Scottish Certificate of Education, 1962
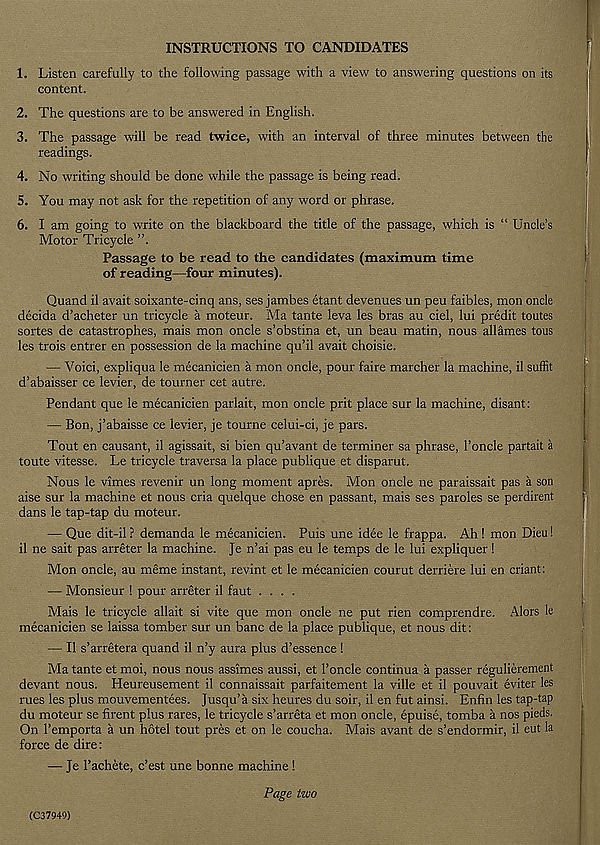
INSTRUCTIONS TO CANDIDATES
1. Listen carefully to the following passage with a view to answering questions on its
content.
2. The questions are to be answered in English.
3. The passage will be read twice, with an interval of three minutes between the
readings.
4. No writing should be done while the passage is being read.
5. You may not ask for the repetition of any word or phrase.
6. I am going to write on the blackboard the title of the passage, which is “ Uncle’s
Motor Tricycle
Passage to be read to the candidates (maximum time
of reading—four minutes).
Quand il avait soixante-cinq ans, ses jambes etant devenues un peu faibles, mon oncle
decida d’acheter un tricycle a moteur. Ma tante leva les bras au ciel, lui predit toutes
sortes de catastrophes, mais mon oncle s’obstina et, un beau matin, nous allames tons
les trois entrer en possession de la machine qu’il avait choisie.
— Voici, expliqua le mecanicien a mon oncle, pour faire marcher la machine, il suffit
d’abaisser ce levier, de tourner cet autre.
Pendant que le mecanicien parlait, mon oncle prit place sur la machine, disant:
— Bon, j’abaisse ce levier, je tourne celui-ci, je pars.
Tout en causant, il agissait, si bien qu’avant de terminer sa phrase, I’oncle partait a
toute vitesse. Le tricycle traversa la place publique et disparut.
Nous le vimes revenir un long moment apres. Mon oncle ne paraissait pas a son
aise sur la machine et nous cria quel que chose en passant, mais ses paroles se perdirent
dans le tap-tap du moteur.
— Que dit-il r demanda le mecanicien. Puis une idee le frappa. Ah ! mon Dieu!
il ne salt pas arreter la machine. Je n’ai pas eu le temps de le lui expliquer!
Mon oncle, au meme instant, revint et le mecanicien courut derriere lui en criant:
— Monsieur ! pour arreter il faut ....
Mais le tricycle allait si vite que mon oncle ne put rien comprendre. Alors le
mecanicien se laissa tomber sur un banc de la place publique, et nous dit:
— Il s’arretera quand il n’y aura plus d’essence !
Ma tante et moi, nous nous assimes aussi, et I’oncle continua a passer regulierement
devant nous. Heureusement il connaissait parfaitement la ville et il pouvait eviter les
rues les plus mouvementees. Jusqu’a six heures du soir, il en fut ainsi. Enfin les tap-tap
du moteur se firent plus rares, le tricycle s’arreta et mon oncle, epuise, tomba a nos pieds.
On Pemporta a un hotel tout pres et on le coucha. Mais avant de s’endormir, il eut la
force de dire:
— Je 1’achete, c’est une bonne machine !
(037949)
Page two